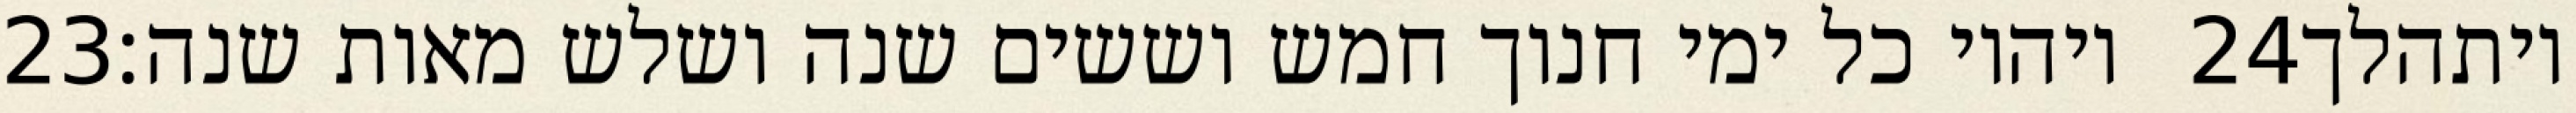
‎23‏ ויהיו כל ימי חנוך חמש וששים שנה ושלש מאות שנה׃ ‎24‏ ויתהלך